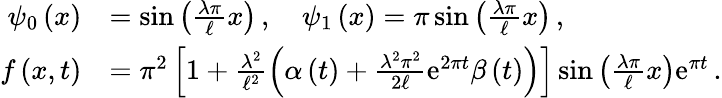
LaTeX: \begin{array}{rl}{{\psi}_{0}\left(x\right)}&{=\sin\left(\frac{\lambda\pi}{\ell}x\right)\, ,\quad{\psi}_{1}\left(x\right)={\pi}\sin\left(\frac{\lambda\pi}{\ell}x\right)\, ,}\\ {f\left(x,t\right)}&{={\pi}^{2}\left[1+\frac{{\lambda}^{2}}{{\ell}^{2}}\left(\alpha\left(t\right)+\frac{{\lambda}^{2}{\pi}^{2}}{2\ell}{\mathrm{e}}^{2\pi t}\beta\left(t\right)\right)\right]\sin\left(\frac{\lambda\pi}{\ell}x\right){\mathrm{e}}^{\pi t}\, .}\end{array}